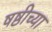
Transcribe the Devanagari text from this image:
षष्ठीच्या